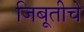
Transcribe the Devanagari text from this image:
जिबूतीचे